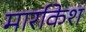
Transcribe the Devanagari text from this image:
मार्राकेश